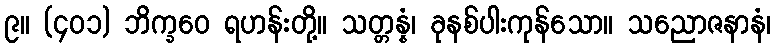
၉။ (၄၀၁) ဘိက္ခဝေ ရဟန်းတို့။ သတ္တန္နံ၊ ခုနစ်ပါးကုန်သော။ သညောဇနာနံ၊